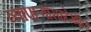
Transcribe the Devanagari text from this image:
व्यापार्‍यांसहदेखील